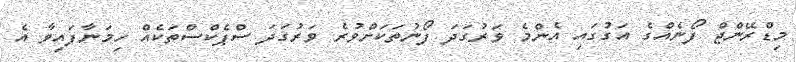
މިޑްރޭންޖް ފޯނެއްގެ އަގުގައި އެންމެ ވަރުގަދަ ފޯނުތަކަށްވުރެ ވަރުގަދަ ސްޕެކްސްތަކެއް ހިމަނާފައިވާ އެ